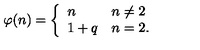
\varphi ( n ) = \left\{ \begin{array} { l l } { n } & { n \neq 2 } \\ { 1 + q } & { n = 2 . } \\ \end{array} \right.